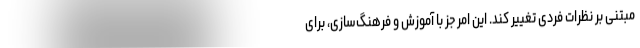
مبتنی بر نظرات فردی تغییر کند. این امر جز با آموزش و فرهنگ‌سازی، برای